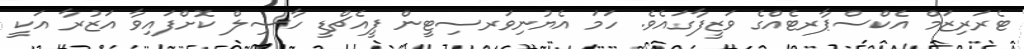
ޓެރަރިޒަމް އެކްސްޕާރޓެއްގެ ވަޒީފާގައެވެ. ހަމަ އެޔުނިވަރސިޓީން ޕީއެޗްޑީ ހާސިލް ކޮށްފައިވާ އަޒުރާ އަކީ